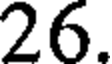
26.